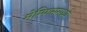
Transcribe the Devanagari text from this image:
मेम्फिसमध्ये